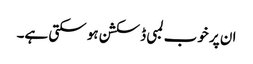
ان پر خوب لمبی ڈسکشن ہو سکتی ہے۔